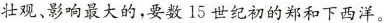
壮观、影响最大的，要数15世纪初的郑和下西洋。